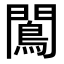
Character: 𨶠